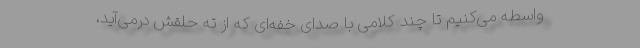
واسطه می‌کنیم تا چند کلامی با صدای خفه‌ای که از ته حلقش درمی‌آید،